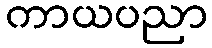
ကာယပညာ